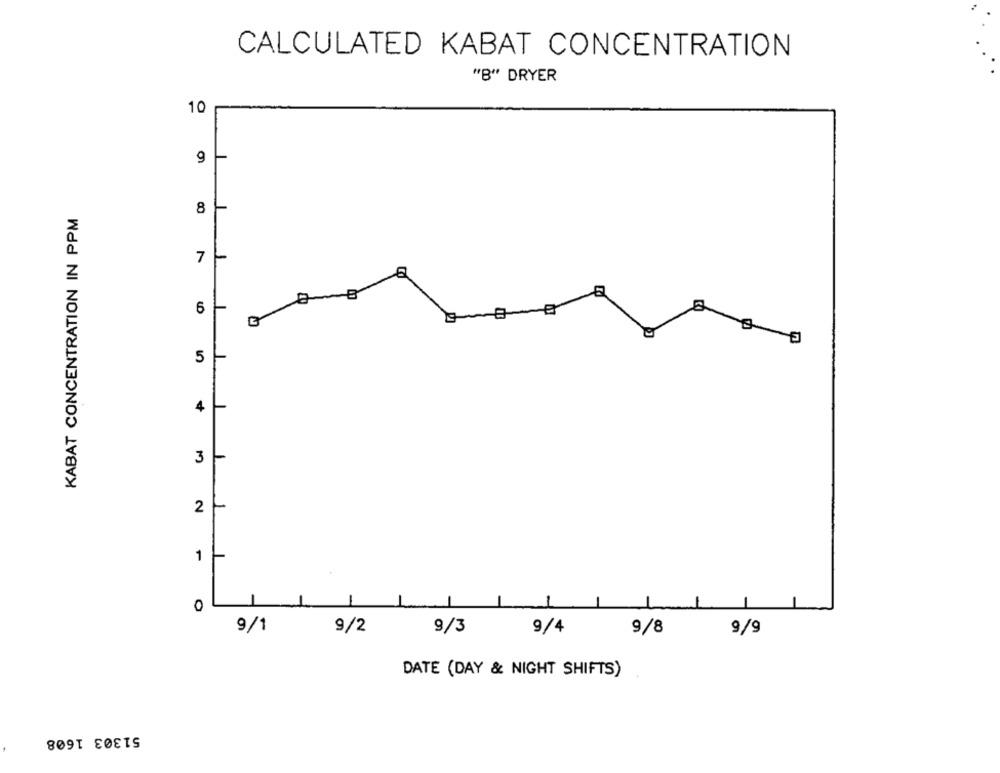
CALCULATED KABAT CONCENTRATION
"B" DRYER
10
9
8
KABAT CONCENTRATION IN PPM
7
6
5
4
3
2
1
0
9/1
9/2
9/3
9/4
9/8
9/9
DATE (DAY & NIGHT SHIFTS)
51303 1608